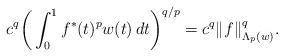
LaTeX: \begin{align*}c^q\bigg(\int_0^1 f^*(t)^pw(t)\,dt\bigg)^{q/p}=c^q\|f\|_{\Lambda_p(w)}^q.\end{align*}